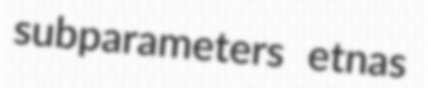
subparameters etnas